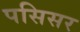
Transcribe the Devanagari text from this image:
पसिसर